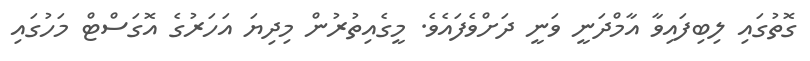
ގޮތުގައި ލިބިފައިވާ އާމްދަނީ ވަނީ ދަށްވެފައެވެ. މީގެއިތުރުން މިދިޔަ އަހަރުގެ އޮގަސްޓް މަހުގައި